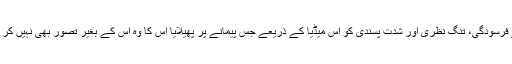
ان لوگوں نے فرسودگی، تنگ نظری اور شدت پسندی کو اس میڈیا کے ذریعے جس پیمانے پر پھیلایا اس کا وہ اس کے بغیر تصور بھی نہیں کر سکتے تھے۔